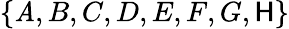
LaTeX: \{ \mathit{A},B,C,D,E,F,G,\mathsf{H}\}